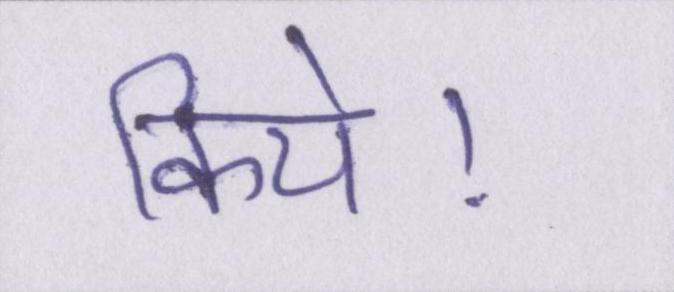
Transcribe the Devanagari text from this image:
किये।